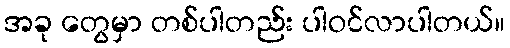
အခု တွေမှာ တစ်ပါတည်း ပါဝင်လာပါတယ်။